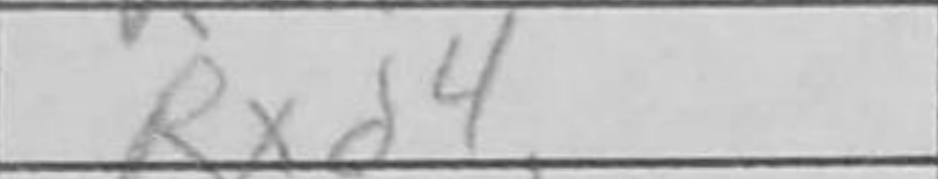
Transcription: Rxd4